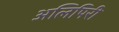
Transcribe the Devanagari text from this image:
अलिपिरी